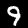
Digit: 9